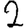
Digit: 2